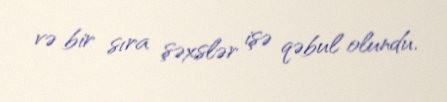
və bir sıra şəxslər işə qəbul olundu.